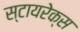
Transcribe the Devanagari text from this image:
स्टायरेक्स